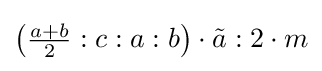
\left({\tfrac {a+b}{2}}:c:a:b\right)\cdot {\tilde {a}}:2\cdot m